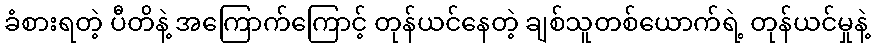
ခံစားရတဲ့ ပီတိနဲ့ အကြောက်ကြောင့် တုန်ယင်နေတဲ့ ချစ်သူတစ်ယောက်ရဲ့ တုန်ယင်မှုနဲ့